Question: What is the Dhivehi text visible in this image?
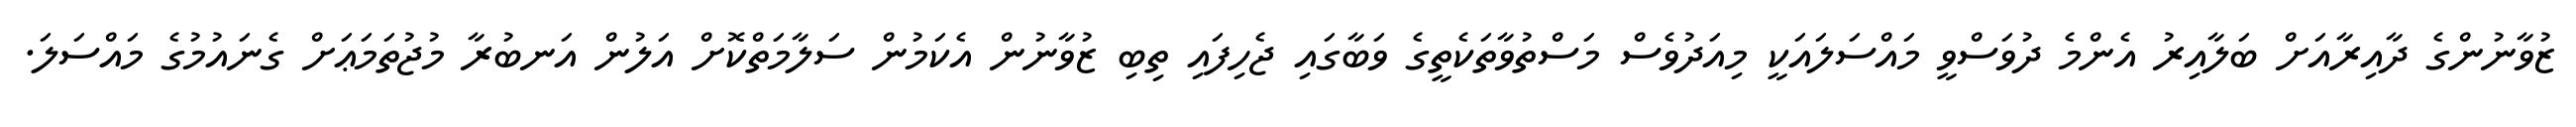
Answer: ޒުވާނުންގެ ދާއިރާއަށް ބަލާއިރު އެންމެ ދުވަސްވީ މައްސަލައަކީ މިއަދުވެސް މަސްތުވާތަކެތީގެ ވަބާގައި ޖެހިފައި ތިބި ޒުވާނުން އެކަމުން ސަލާމަތްކޮށް އަލުން އަނބުރާ މުޖުތަމަޢަށް ގެނައުމުގެ މައްސަލަ.